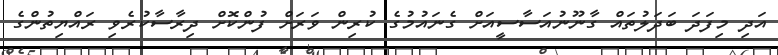
އަދި މިފަދަ ބަދަލުތައް ގާނޫނުއަސާސީއަށް ގެނައުމުގެ ކުރިން ވަރަށް ފުންކޮށް ދިރާސާކުރެވި ރައްޔިތުންގެ